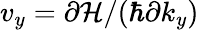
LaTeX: v_{y}=\partial{\cal H}/(\hbar\partial k_{y})